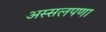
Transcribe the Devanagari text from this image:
अस्सलपणा